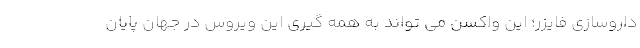
داروسازی فایزر؛ این واکسن می تواند به همه گیری این ویروس در جهان پایان